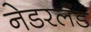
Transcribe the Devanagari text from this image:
नेडरलँड